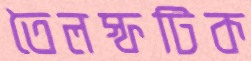
তৈলস্ফটিক